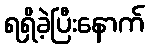
ရရှိခဲ့ပြီးနောက်